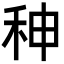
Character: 𥞁